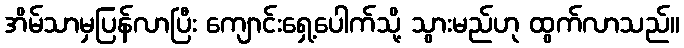
အိမ်သာမှပြန်လာပြီး ကျောင်းရှေ့ပေါက်သို့ သွားမည်ဟု ထွက်လာသည်။